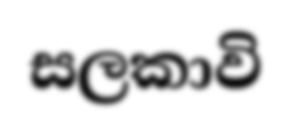
සලකාවි